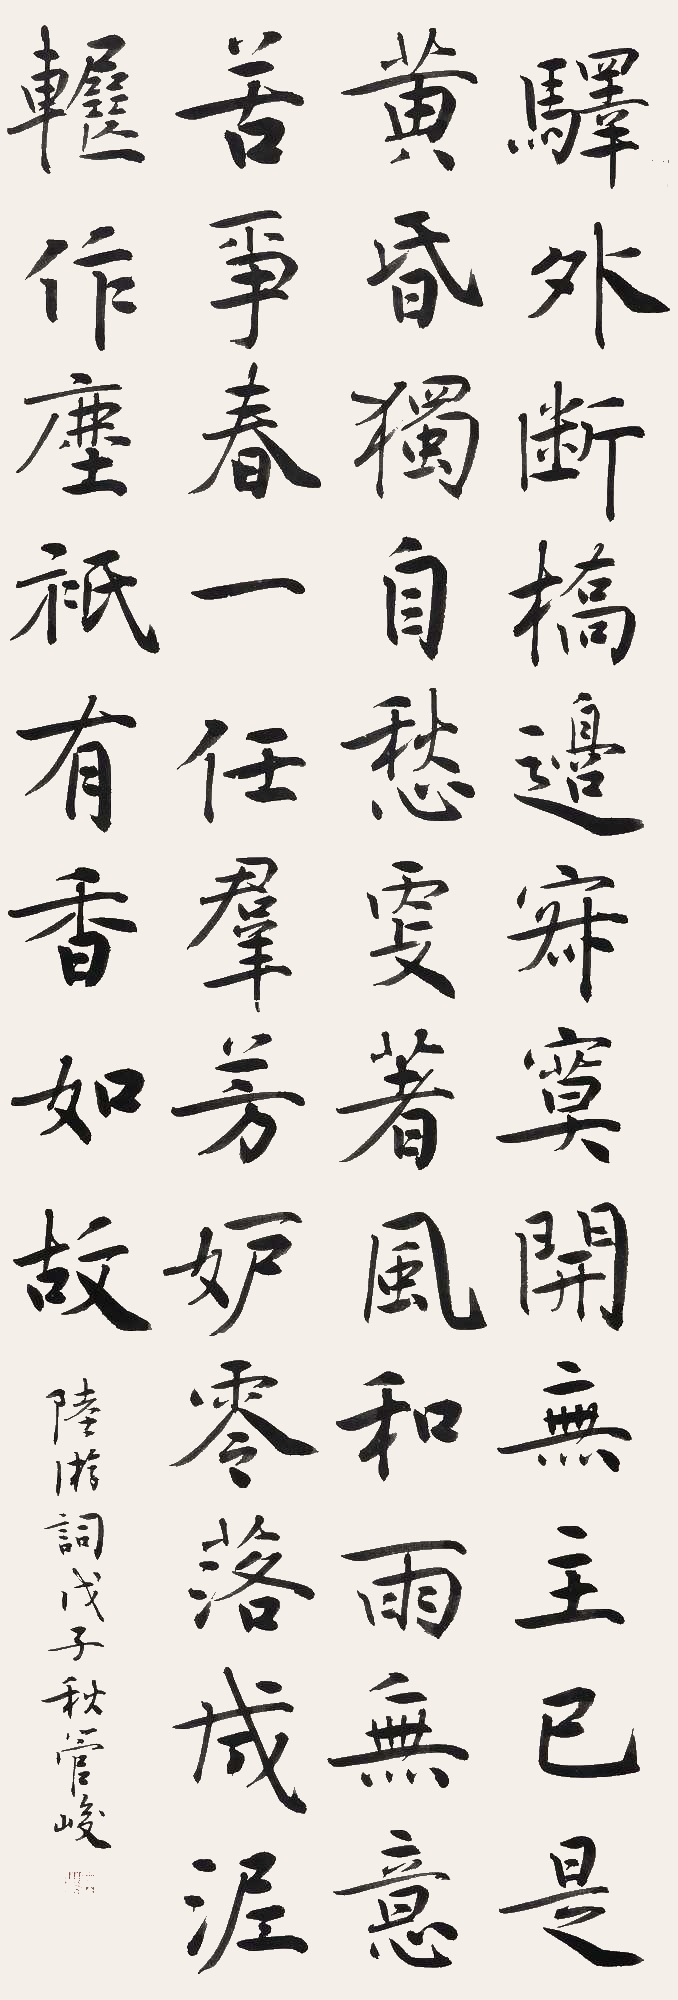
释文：驿外断桥边，寂寞开无主。已是黄昏独自愁，更著风和雨。无意苦争春，一任群芳妒。零落成泥碾作尘，只有香如故。陆游词，戊子秋管峻。